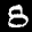
Label: 8